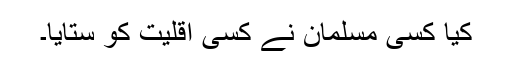
کیا کسی مسلمان نے کسی اقلیت کو ستایا۔